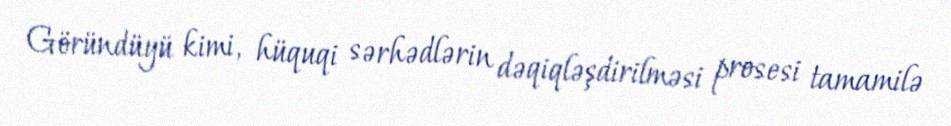
Göründüyü kimi, hüquqi sərhədlərin dəqiqləşdirilməsi prosesi tamamilə